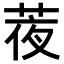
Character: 𦲹